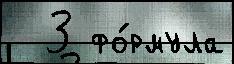
  3 фо́рмула